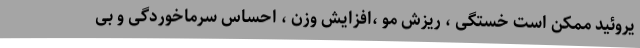
یروئید ممکن است خستگی ، ریزش مو ،افزایش وزن ، احساس سرماخوردگی و بی